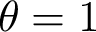
\theta = 1